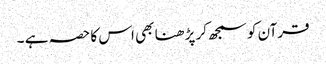
قرآن کو سمجھ کر پڑ ھنا بھی اس کا حصہ ہے ۔